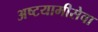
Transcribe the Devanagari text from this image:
अष्टयामीसेवा